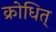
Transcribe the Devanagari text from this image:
क्रोधित्